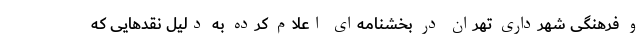
و فرهنگی شهرداری تهران در بخشنامه‌ای اعلام کرده به دلیل نقدهایی که